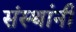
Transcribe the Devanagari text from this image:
संस्‍थांनी